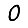
Digit: 0